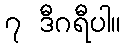
၇ ဒီဂရီပါ။